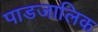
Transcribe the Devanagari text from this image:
पाडजालिक